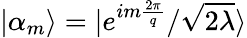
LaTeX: |\alpha_{m}\rangle=|e^{im\frac{2\pi}{q}}/\sqrt{2\lambda}\rangle